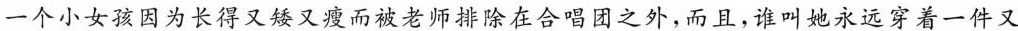
一个小女孩因为长得又矮又瘦而被老师排除在合唱团之外，而且，谁叫她永远穿着一件又